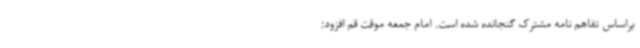
براساس تفاهم نامه مشترک گنجانده شده است. امام جمعه موقت قم افزود: